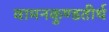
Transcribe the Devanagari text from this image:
वामनकुण्डतीर्थ